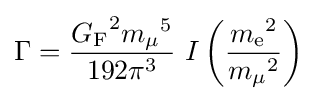
\Gamma ={\frac {{G_{\text{F}}}^{2}{m_{\mu }}^{5}}{192\pi ^{3}}}~I\left({\frac {{m_{\text{e}}}^{2}}{{m_{\mu }}^{2}}}\right)